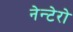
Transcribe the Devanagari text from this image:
नेन्टेरो